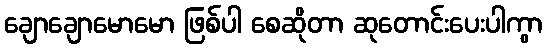
ချောချောမောမော ဖြစ်ပါ စေဆိုတာ ဆုတောင်းပေးပါကွာ